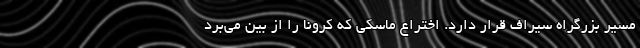
مسیر بزرگراه سیراف قرار دارد. اختراع ماسکي که کرونا را از بین می‌برد